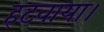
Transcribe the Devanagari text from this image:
हटवाया।